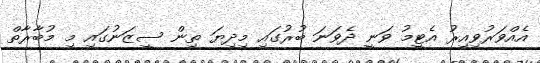
އެއްވަރުވިއިރު އެޓީމު ވަނީ ދެވަނަ ބުރުގައި މިދިޔަ ތިން ސީޒަނުގައި މި މުބާރާތް